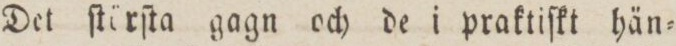
Det ſtörſta gagn och de i praktiſkt hän=